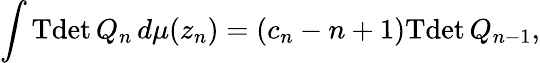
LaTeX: \int\mathrm{Tdet}\, Q_{n}\, d\mu(z_{n})=(c_{n}-n+1)\mathrm{Tdet}\, Q_{n-1},